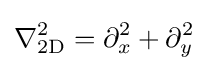
\nabla _{\text{2D}}^{2}=\partial _{x}^{2}+\partial _{y}^{2}